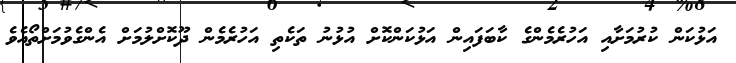
އަޅުކަން ކުރުމަށާއި އަހުރެމެންގެ ކާބަފައިން އަޅުކަންކޮށް އުޅުނު ތަކެތި އަހުރެމެން ދޫކޮށްލުމަށް އެންގެވުމަށްތޯއެވެ